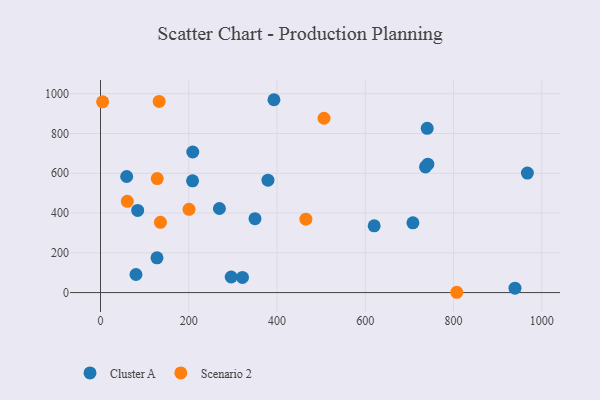
{"axis": {"x": "Study Hours", "y": "Profit"}, "legend": ["Cluster A", "Scenario 2"], "data": [{"x": "379.5", "y": 565.3, "type": "Cluster A"}, {"x": "350.1", "y": 371.5, "type": "Cluster A"}, {"x": "708.0", "y": 350.8, "type": "Cluster A"}, {"x": "296.2", "y": 78.3, "type": "Cluster A"}, {"x": "208.6", "y": 561.8, "type": "Cluster A"}, {"x": "740.4", "y": 826.0, "type": "Cluster A"}, {"x": "80.4", "y": 90.9, "type": "Cluster A"}, {"x": "59.3", "y": 583.7, "type": "Cluster A"}, {"x": "967.4", "y": 601.0, "type": "Cluster A"}, {"x": "269.5", "y": 422.9, "type": "Cluster A"}, {"x": "736.5", "y": 632.1, "type": "Cluster A"}, {"x": "393.1", "y": 969.9, "type": "Cluster A"}, {"x": "209.1", "y": 706.9, "type": "Cluster A"}, {"x": "741.8", "y": 645.9, "type": "Cluster A"}, {"x": "321.7", "y": 76.1, "type": "Cluster A"}, {"x": "84.2", "y": 413.0, "type": "Cluster A"}, {"x": "128.0", "y": 174.6, "type": "Cluster A"}, {"x": "939.3", "y": 22.0, "type": "Cluster A"}, {"x": "620.2", "y": 335.9, "type": "Cluster A"}, {"x": "506.5", "y": 876.7, "type": "Scenario 2"}, {"x": "135.8", "y": 353.1, "type": "Scenario 2"}, {"x": "60.7", "y": 459.1, "type": "Scenario 2"}, {"x": "807.4", "y": 1.5, "type": "Scenario 2"}, {"x": "200.6", "y": 418.5, "type": "Scenario 2"}, {"x": "465.4", "y": 369.3, "type": "Scenario 2"}, {"x": "132.9", "y": 961.5, "type": "Scenario 2"}, {"x": "128.6", "y": 573.5, "type": "Scenario 2"}, {"x": "4.8", "y": 959.2, "type": "Scenario 2"}]}